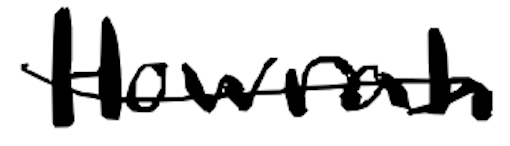
Text: Howrah
Cross-out: single-line
Writing tool: digital_black